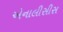
એનાલીસીસ